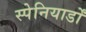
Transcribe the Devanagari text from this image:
स्पेनियार्डों